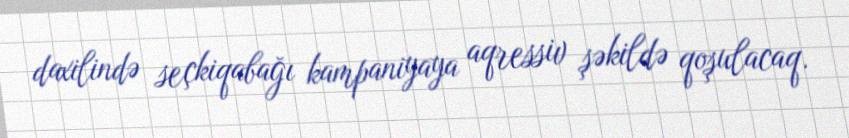
daxilində seçkiqabağı kampaniyaya aqressiv şəkildə qoşulacaq.